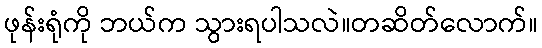
ဖုန်းရုံကို ဘယ်က သွားရပါသလဲ။တဆိတ်လောက်။